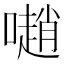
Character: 𡁻